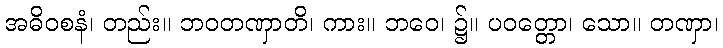
အဓိဝစနံ၊ တည်း။ ဘဝတဏှာတိ၊ ကား။ ဘဝေ၊ ၌။ ပဝတ္တော၊ သော။ တဏှာ၊